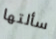
سألتها